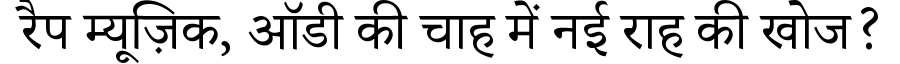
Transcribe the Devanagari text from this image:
रैप म्यूज़िक, ऑडी की चाह में नई राह की खोज?